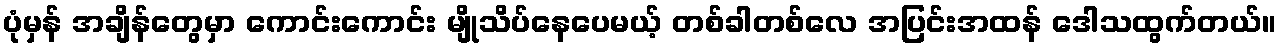
ပုံမှန် အချိန်တွေမှာ ကောင်းကောင်း မျိုသိပ်နေပေမယ့် တစ်ခါတစ်လေ အပြင်းအထန် ဒေါသထွက်တယ်။